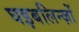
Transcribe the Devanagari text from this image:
घइबलिन्ज़ों